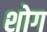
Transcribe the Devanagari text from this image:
शोग